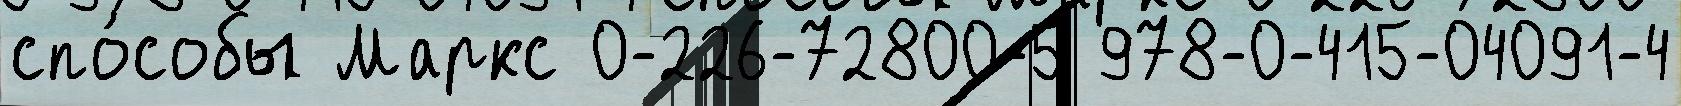
спо́собы Маркс 0-226-72800-5 978-0-415-04091-4